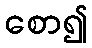
စော၍